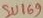
Text: SU169